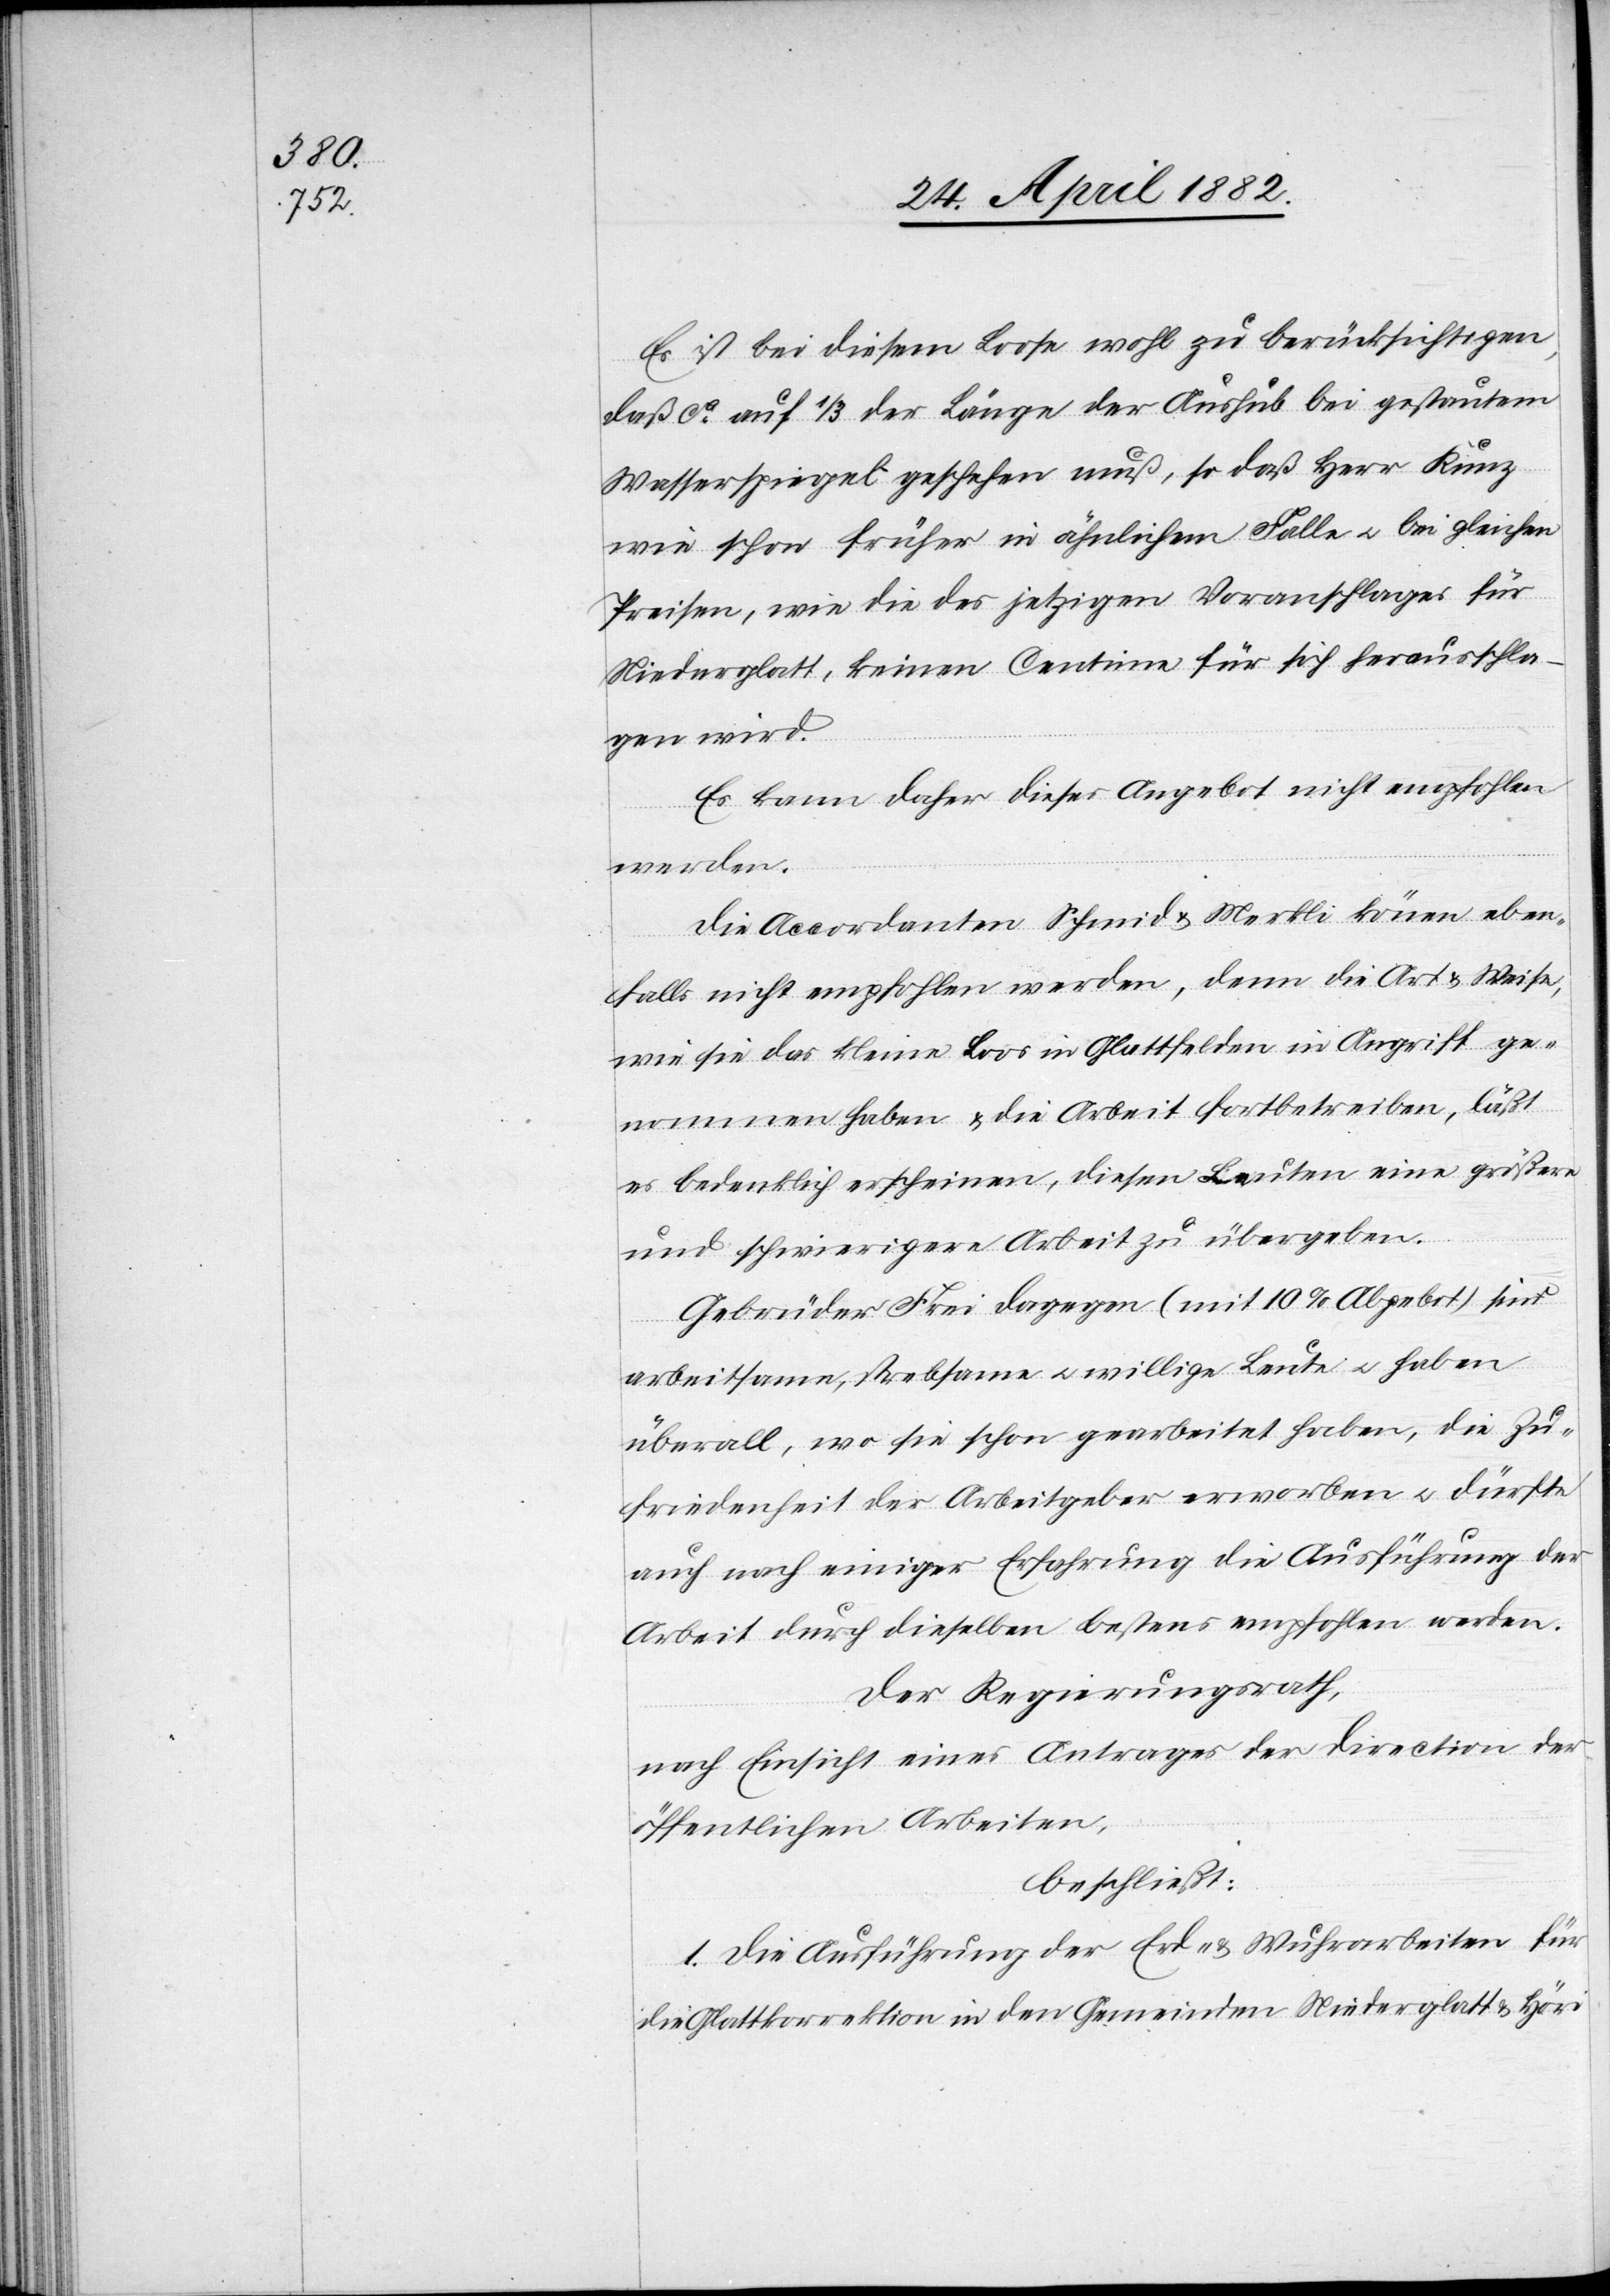
Es ist bei diesem Loose wohl zu berücksichtigen,
daß ca auf 1/3 der Länge der Aushub bei gestautem
Wasserspiegel geschehen muß, so daß Herr Kunz
wie schon früher in ähnlichem Falle u. bei gleichen
Preisen, wie die des jetzigen Voranschlages für
Niederglatt, keinen Centime für sich herausschla¬
gen wird.
Es kann daher dieses Angebot nicht empfohlen
werden.
Die Accordanten Schmid & Merkli können eben¬
falls nicht empfohlen werden, denn die Art & Weise,
wie sie das kleine Loos in Glattfelden in Angriff ge¬
nommen haben & die Arbeit fortbetreiben, läßt
es bedenklich erscheinen, diesen Leuten eine größere
und schwierigere Arbeit zu übergeben.
Gebrüder Frei dagegen (mit 10% Abgebot) sind
arbeitsame, strebsame u. willige Leute u. haben
überall, wo sie schon gearbeitet haben, die Zu¬
friedenheit des Arbeitgeber erworben u. dürfte
auch nach einiger Erfahrung die Ausführung der
Arbeit durch dieselben bestens empfohlen werden.
Der Regierungsrath,
nach Einsicht eines Antrages der Direction der
öffentlichen Arbeiten,
beschließt:
1. Die Ausführung der Erd- & Wuhrarbeiten für
die Glattkorrektion in den Gemeinden Niederglatt & Höri